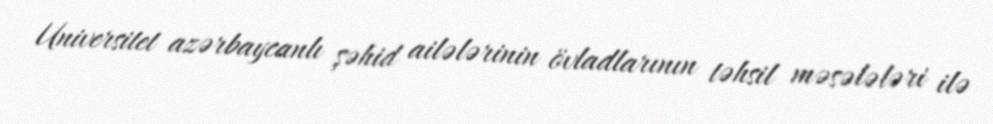
Universitet azərbaycanlı şəhid ailələrinin övladlarının təhsil məsələləri ilə